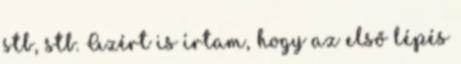
stb, stb. Azért is írtam, hogy az első lépés